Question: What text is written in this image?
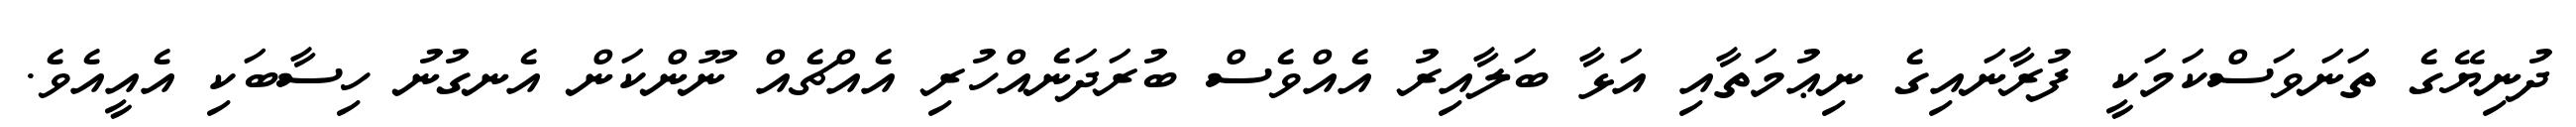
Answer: ދުނިޔޭގެ ތަނަވަސްކަމަކީ ފުރާނައިގެ ނިޢުމަތާއި އަޅާ ބަލާއިރު އެއްވެސް ބުރަދަނެއްހުރި އެއްޗެއް ނޫންކަން އެނގުނު ހިސާބަކި އެއީއެވެ.